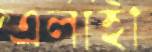
এলাহী